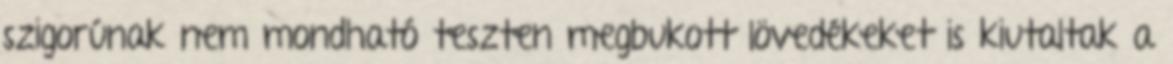
szigorúnak nem mondható teszten megbukott lövedékeket is kiutaltak a